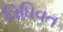
વિધિવત